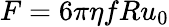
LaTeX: F=6\pi\eta fRu_{0}